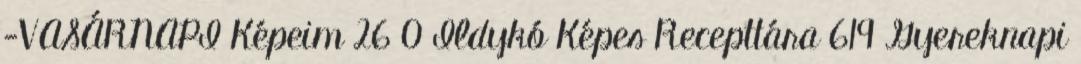
-VASÁRNAPI Képeim 26 0 Ildykó Képes Recepttára 619 Gyereknapi